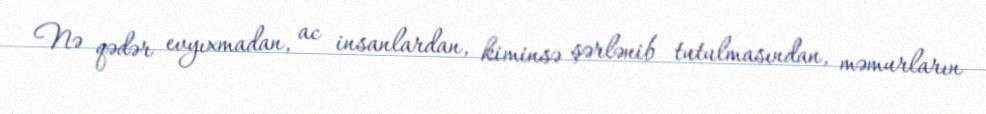
Nə qədər evyıxmadan, ac insanlardan, kiminsə şərlənib tutulmasından, məmurların